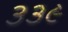
૩૩૯